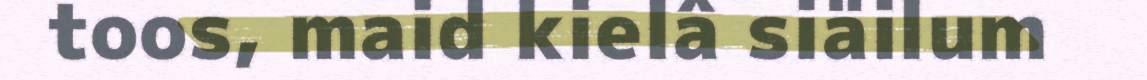
toos, maid kielâ siäilum